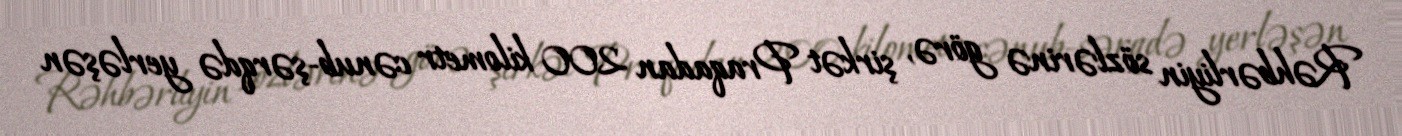
Rəhbərliyin sözlərinə görə, şirkət Praqadan 200 kilometr cənub-şərqdə yerləşən